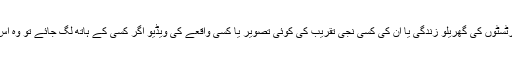
یہی وجہ ہے کہ ہالی وڈ کے نام ور آرٹسٹوں کی گھریلو زندگی یا ان کی کسی نجی تقریب کی کوئی تصویر یا کسی واقعے کی ویڈیو اگر کسی کے ہاتھ لگ جائے تو وہ اس کا زبردست مالی فائدہ اٹھا سکتا ہے۔